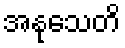
အနုသေတိ